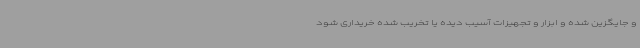
و جایگزین شده و ابزار و تجهیزات آسیب دیده یا تخریب شده خریداری شود